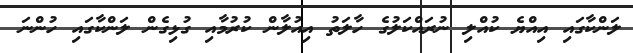
ލަންކާގައި އިއްޔެ ކުއްލި ނުރައްކަލުގެ ހާލަތު އިއުލާން ކުރުމާއި ގުޅިގެން ލަންކާގައި ހުންނަ